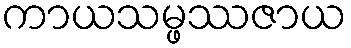
ကာယသမ္ဖဿဇာယ